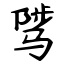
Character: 骘